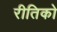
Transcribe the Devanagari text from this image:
रीतिको